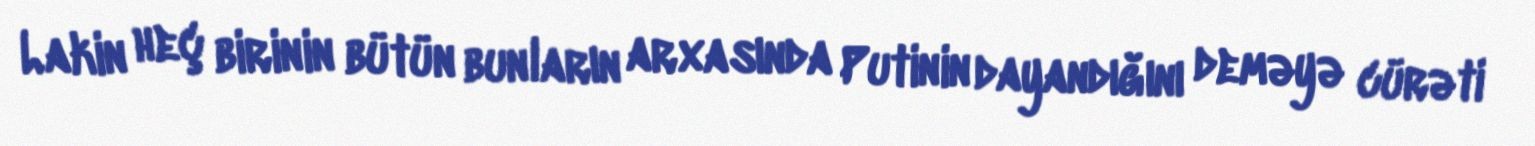
Lakin heç birinin bütün bunların arxasında Putinin dayandığını deməyə cürəti